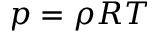
p = \rho R T